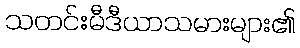
သတင်းမီဒီယာသမားများ၏